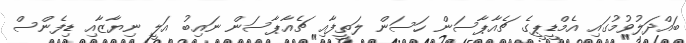
ބައްދަލުވުމުގައި އެމްޑީޕީގެ ޗެއާޕާސަން ހަސަން ލަތީފާއި ޗެއާޕާސަން ނައިބު އަލީ ނިޔާޒާއި ޑިފެންސް